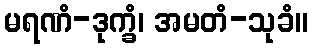
မရဏံ-ဒုက္ခံ၊ အမတံ-သုခံ။